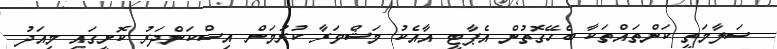
ސަލާމަތީ ކަންތައްތަކާ ބެހޭގޮތުން އެޕާޓީ އާއެކު މަޝްވަރާ ކުރުމަށް އިސްކަންދަރު ކޮށީގައި މިއަދު